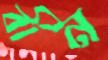
বীন